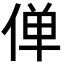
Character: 𫢸